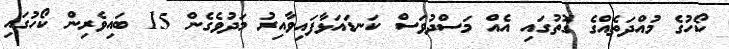
ކޯހުގެ މުއްދަތެއްގެ ގޮތުގައި އެއް މަސްދުވަސް ކަނޑައަޅާފައިވާއިރު މަދުވެގެން 15 ބައިވެރިން ކޯހުގައި